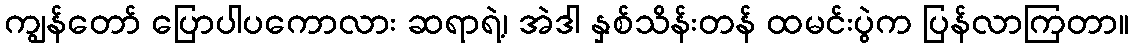
ကျွန်တော် ပြောပါပကောလား ဆရာရဲ့၊ အဲဒါ နှစ်သိန်းတန် ထမင်းပွဲက ပြန်လာကြတာ။